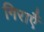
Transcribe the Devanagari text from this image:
गिराएँ